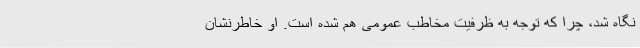
نگاه شد، چرا که توجه به ظرفیت مخاطب عمومی هم شده است. او خاطرنشان